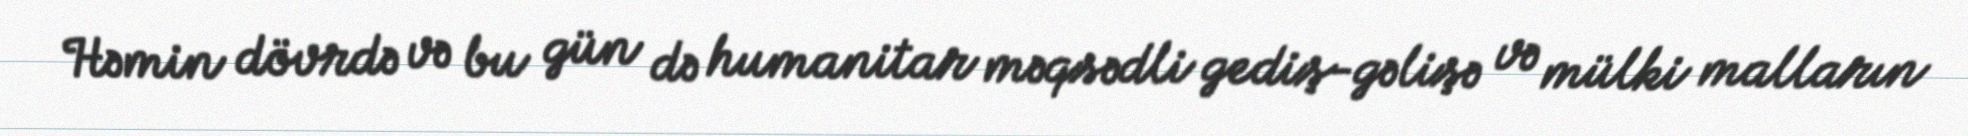
Həmin dövrdə və bu gün də humanitar məqsədli gediş-gəlişə və mülki malların